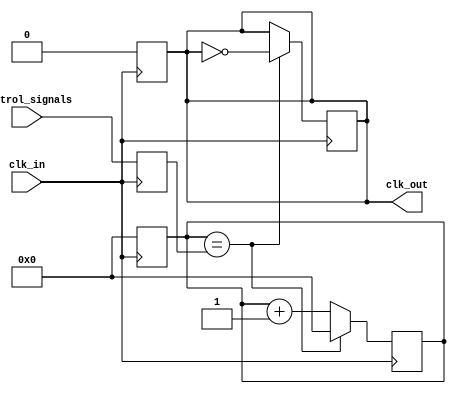
module fractional_clock_divider (
    input wire clk_in, // input clock signal
    input wire [7:0] control_signals, // control signals for adjusting output frequency
    output reg clk_out // output clock signal
);

reg [13:0] counter;
reg [7:0] divider_value;

always @(posedge clk_in) begin
    counter <= counter + 1;
    
    if (counter == divider_value) begin
        counter <= 0;
        clk_out <= ~clk_out;
    end
end

always @(posedge clk_in) begin
    divider_value <= control_signals;
end

always @(posedge clk_in) begin
    counter <= 0;
    clk_out <= 0;
end

endmodule